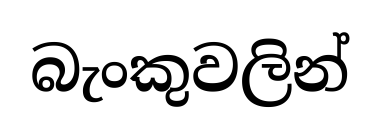
බැංකුවලින්